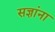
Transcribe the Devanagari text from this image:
सज्ञांना